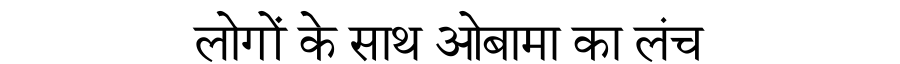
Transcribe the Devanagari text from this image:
लोगों के साथ ओबामा का लंच